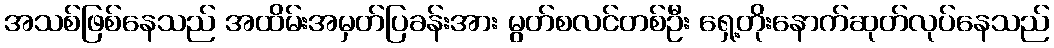
အသစ်ဖြစ်နေသည် အထိမ်းအမှတ်ပြခန်းအား မွတ်စလင်တစ်ဦး ရှေ့တိုးနောက်ဆုတ်လုပ်နေသည်